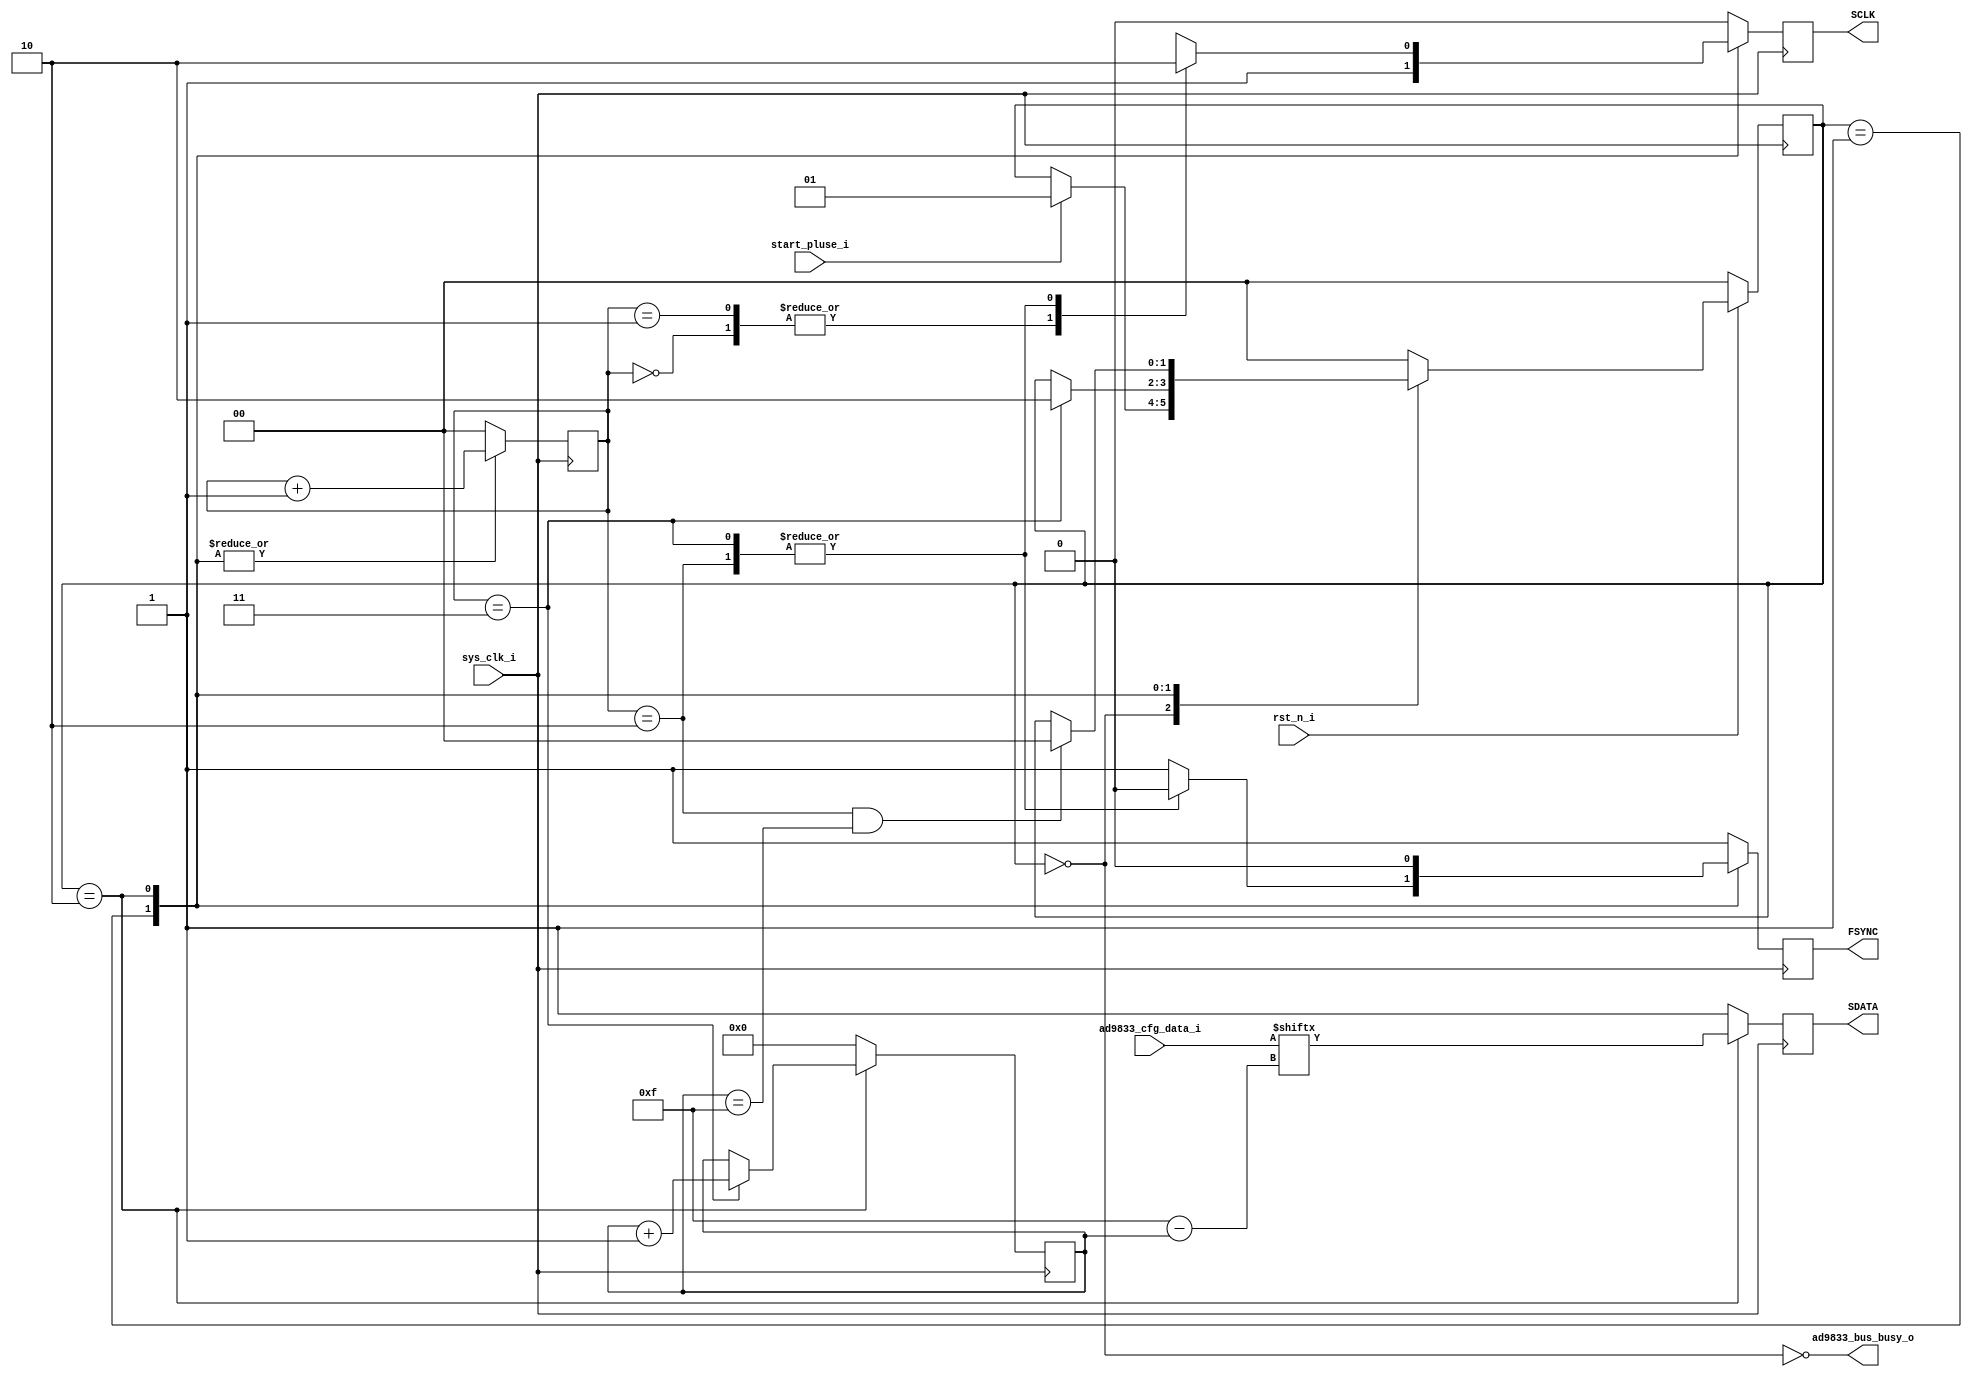
`timescale 1ns / 1ps
// ********************************************************************************** // 
// Company:               
// 
// File name:             ad9833_engine
// Version:               V1.0
// PATH:                  
// Descriptions:          
// 
// ********************************************************************************** // 
`default_nettype none


module ad9833_engine (
    input  wire                         sys_clk_i                  ,// clk100m
    input  wire                         rst_n_i                    ,

    input  wire                         start_pluse_i              ,

    input  wire        [  15: 0]        ad9833_cfg_data_i          ,// 3k hz . sin(x)

    output reg                          SCLK                       ,// max clk40m
    output reg                          FSYNC                      ,
    output reg                          SDATA                      ,

    output wire                         ad9833_bus_busy_o           
);

    localparam                          S_IDLE                    = 0     ;
    localparam                          S_FSYNC                   = 1     ;
    localparam                          S_OPERATE                 = 2     ;

    reg                [   1: 0]        state                      ;

    reg                [   1: 0]        clk_cnt                    ;
    reg                [   3: 0]        data_cnt                   ;

    assign                              ad9833_bus_busy_o         = ~(state == S_IDLE);

always@(posedge sys_clk_i)begin
    if (!rst_n_i)
        state <= S_IDLE;
    else case (state)
        S_IDLE:
            if(start_pluse_i)
                state <= S_FSYNC;
        S_FSYNC:
            if(clk_cnt == 'd3)
                state <= S_OPERATE;
        S_OPERATE:
            if(clk_cnt == 'd2 && data_cnt == 'd15)
                state <= S_IDLE;
        default:state <= S_IDLE;
    endcase
end

always@(posedge sys_clk_i)begin
    case (state)
        S_FSYNC: clk_cnt <= clk_cnt + 'd1;
        S_OPERATE: clk_cnt <= clk_cnt + 'd1;
        default: clk_cnt <= 'd0;
    endcase
end

always@(posedge sys_clk_i)begin
    case (state)
        S_OPERATE:
            if(clk_cnt == 'd3)
                data_cnt <= data_cnt + 'd1;
        default: data_cnt <= 'd0;
    endcase
end

always@(posedge sys_clk_i)begin
    case (state)
        S_FSYNC: SCLK <= 'd1;
        S_OPERATE:
            case (clk_cnt)
                0: SCLK <= 'd1;
                1: SCLK <= 'd1;
                2: SCLK <= 'd0;
                3: SCLK <= 'd0;
                default: SCLK <= 'd1;
            endcase
        default: SCLK <= 'd0;
    endcase
end

always@(posedge sys_clk_i)begin
    case (state)
        S_FSYNC:
            case (clk_cnt)
                2,3: FSYNC <= 'd0;
                default: FSYNC <= 'd1;
            endcase
        S_OPERATE: FSYNC <= 'd0;
        default: FSYNC <= 'd1;
    endcase
end

always@(posedge sys_clk_i)begin
    case (state)
        S_OPERATE: SDATA <= ad9833_cfg_data_i[15-data_cnt];
        default: SDATA <= 'd1;
    endcase
end
endmodule


`default_nettype wire